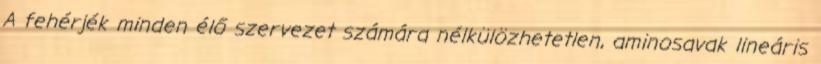
A fehérjék minden élő szervezet számára nélkülözhetetlen, aminosavak lineáris